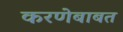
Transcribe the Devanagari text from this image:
करणेबाबत